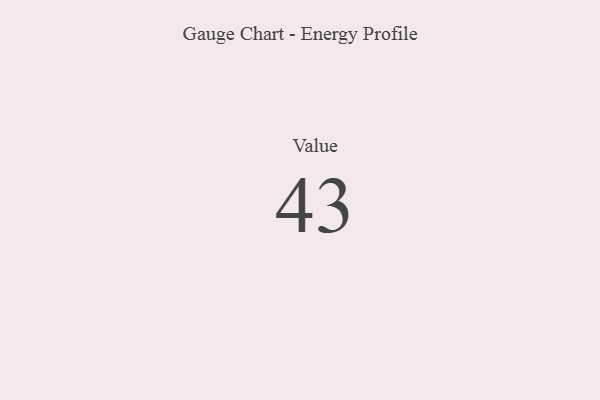
{"axis": {"x": "Metric", "y": "Value"}, "legend": [""], "data": [{"x": "Value", "y": 43, "type": ""}]}